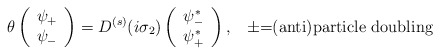
\begin{align*}\theta \left( \begin{array}{c}\psi _{+} \\ \psi _{-}\end{array}\right) =D^{(s)}(i\sigma _{2})\left( \begin{array}{c}\psi _{-}^{*} \\ \psi _{+}^{*}\end{array}\right) ,\,\,\,\,\,\pm \mbox{=(anti)particle\thinspace \thinspace doubling}\end{align*}